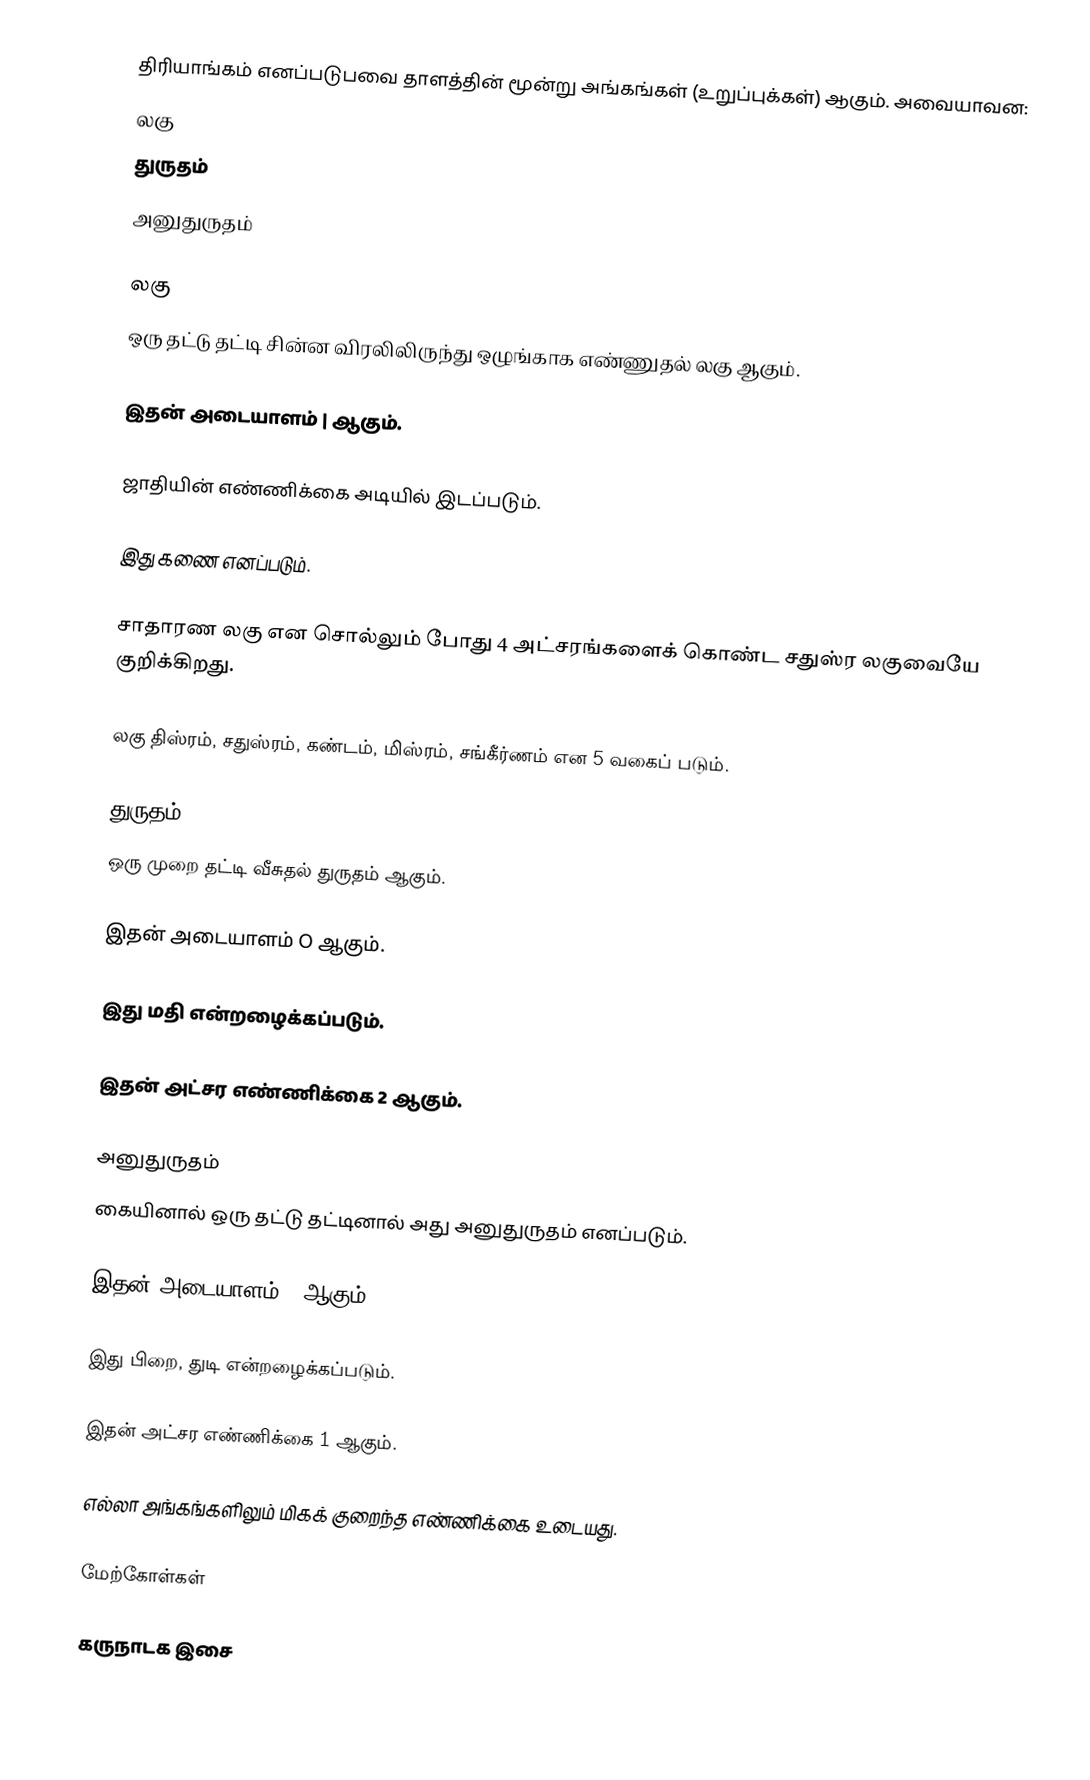
திரியாங்கம் எனப்படுபவை தாளத்தின் மூன்று அங்கங்கள் (உறுப்புக்கள்) ஆகும். அவையாவன:
 லகு
 துருதம்
 அனுதுருதம்

லகு
 ஒரு தட்டு தட்டி சின்ன விரலிலிருந்து ஒழுங்காக எண்ணுதல் லகு ஆகும்.

 இதன் அடையாளம் | ஆகும்.

 ஜாதியின் எண்ணிக்கை அடியில் இடப்படும்.

 இது கணை எனப்படும்.

 சாதாரண லகு என சொல்லும் போது 4 அட்சரங்களைக் கொண்ட சதுஸ்ர லகுவையே குறிக்கிறது.

 லகு திஸ்ரம், சதுஸ்ரம், கண்டம், மிஸ்ரம், சங்கீர்ணம் என 5 வகைப் படும்.

துருதம்
 ஒரு முறை தட்டி வீசுதல் துருதம் ஆகும்.

 இதன் அடையாளம் O ஆகும்.

 இது மதி என்றழைக்கப்படும்.

 இதன் அட்சர எண்ணிக்கை 2 ஆகும்.

அனுதுருதம்
 கையினால் ஒரு தட்டு தட்டினால் அது அனுதுருதம் எனப்படும்.

 இதன் அடையாளம் U ஆகும்.

 இது பிறை, துடி என்றழைக்கப்படும்.

 இதன் அட்சர எண்ணிக்கை 1 ஆகும்.

 எல்லா அங்கங்களிலும் மிகக் குறைந்த எண்ணிக்கை உடையது.

மேற்கோள்கள்

 கருநாடக இசை